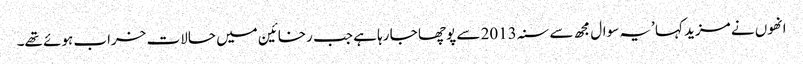
انھوں نے مزید کہا ’یہ سوال مجھ سے سنہ 2013 سے پوچھا جا رہا ہے جب رخائین میں حالات خراب ہوئے تھے۔